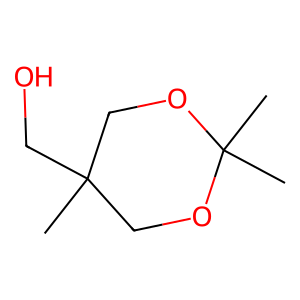
SMILES: CC1(CO)COC(C)(C)OC1
Inhibits HIV replication: No